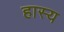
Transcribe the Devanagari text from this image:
हास्‍य